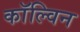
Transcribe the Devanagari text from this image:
काॅल्विन